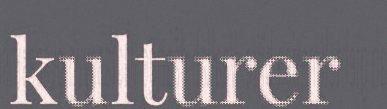
kulturer